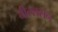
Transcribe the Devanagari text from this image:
नील्ससन